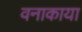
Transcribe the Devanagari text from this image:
वनाकाया